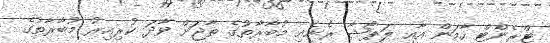
ޓްރެންޓް ހާމަން އާއި ލަޕޯޝާ ރެނެއި މުބާރާތުގެ ތާޖަށް ވާދަ ކުރިއިރު މުބާރާތުގެ